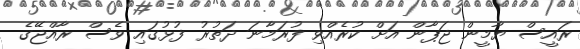
ރައީސް ޔާމީން ޖަޕާން އަށް ކުރެއްވި ފުރަމާނަ ދަތުރު ފުޅުގައި ވެސް ރާއްޖޭގެ